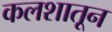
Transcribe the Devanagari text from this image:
कलशातून